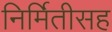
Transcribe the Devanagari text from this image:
निर्मितीसह